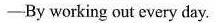
——By working out every day.